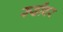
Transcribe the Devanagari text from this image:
रूढींवर